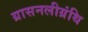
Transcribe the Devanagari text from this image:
ग्रासनलीग्रंथि